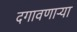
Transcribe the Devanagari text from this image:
दगावणाऱ्या